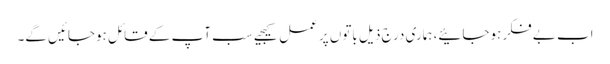
اب بے فکر ہوجائیے، ہماری درج ذیل باتوں پر عمل کیجیے سب آپ کے قائل ہوجائیں گے۔